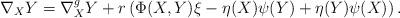
LaTeX: \begin{align*}\nabla_{X}Y=\nabla^{g}_{X}Y+r\left(\Phi(X,Y)\xi-\eta(X)\psi(Y)+\eta(Y)\psi(X)\right).\end{align*}